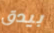
بيدق